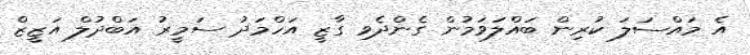
އެ މައްސަލަ ކުރިން ބައްލަވަމުން ގެންދެވި ގާޒީ އަހްމަދު ސަމީރު އަބްދުލް އަޒީޒް